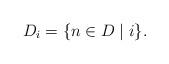
LaTeX: \begin{align*} D_i = \{n \in D \mid i \}.\end{align*}